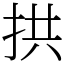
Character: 拱